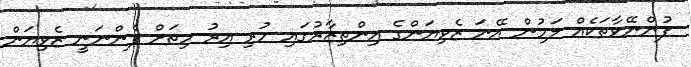
ފުންނޭވާތަކެއް ލަމުން އޭނަ ޒެވިޔަންގެ އިންތިޒާރުގައި ހުރި އިރު ހިތަށް ފެންނަނީ ޒެވިޔަން